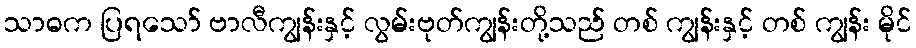
သာဓက ပြရသော် ဗာလီကျွန်းနှင့် လွမ်းဗုတ်ကျွန်းတို့သည် တစ် ကျွန်းနှင့် တစ် ကျွန်း မိုင်